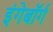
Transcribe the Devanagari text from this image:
इंगेबॉर्ग